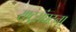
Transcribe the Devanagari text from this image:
राष्ट्रसंघटना